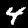
Digit: 4